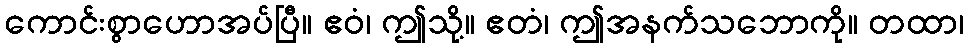
ကောင်းစွာဟောအပ်ပြီ။ ဧဝံ၊ ဤသို့။ ဧတံ၊ ဤအနက်သဘောကို။ တထာ၊